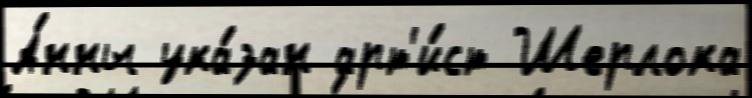
А́нны ука́зан арт'и́ст Шерлока